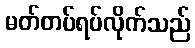
မတ်တပ်ရပ်လိုက်သည်